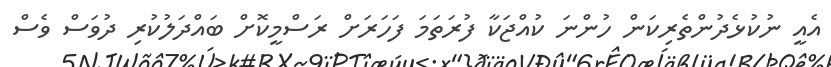
އެއީ ނުކުޅެދުންތެރިކަން ހުންނަ ކުއްޖަކާ ފުރަތަމަ ފަހަރަށް ރަސްމީކޮށް ބައްދަލުކުރި ދުވަސް ވެސް